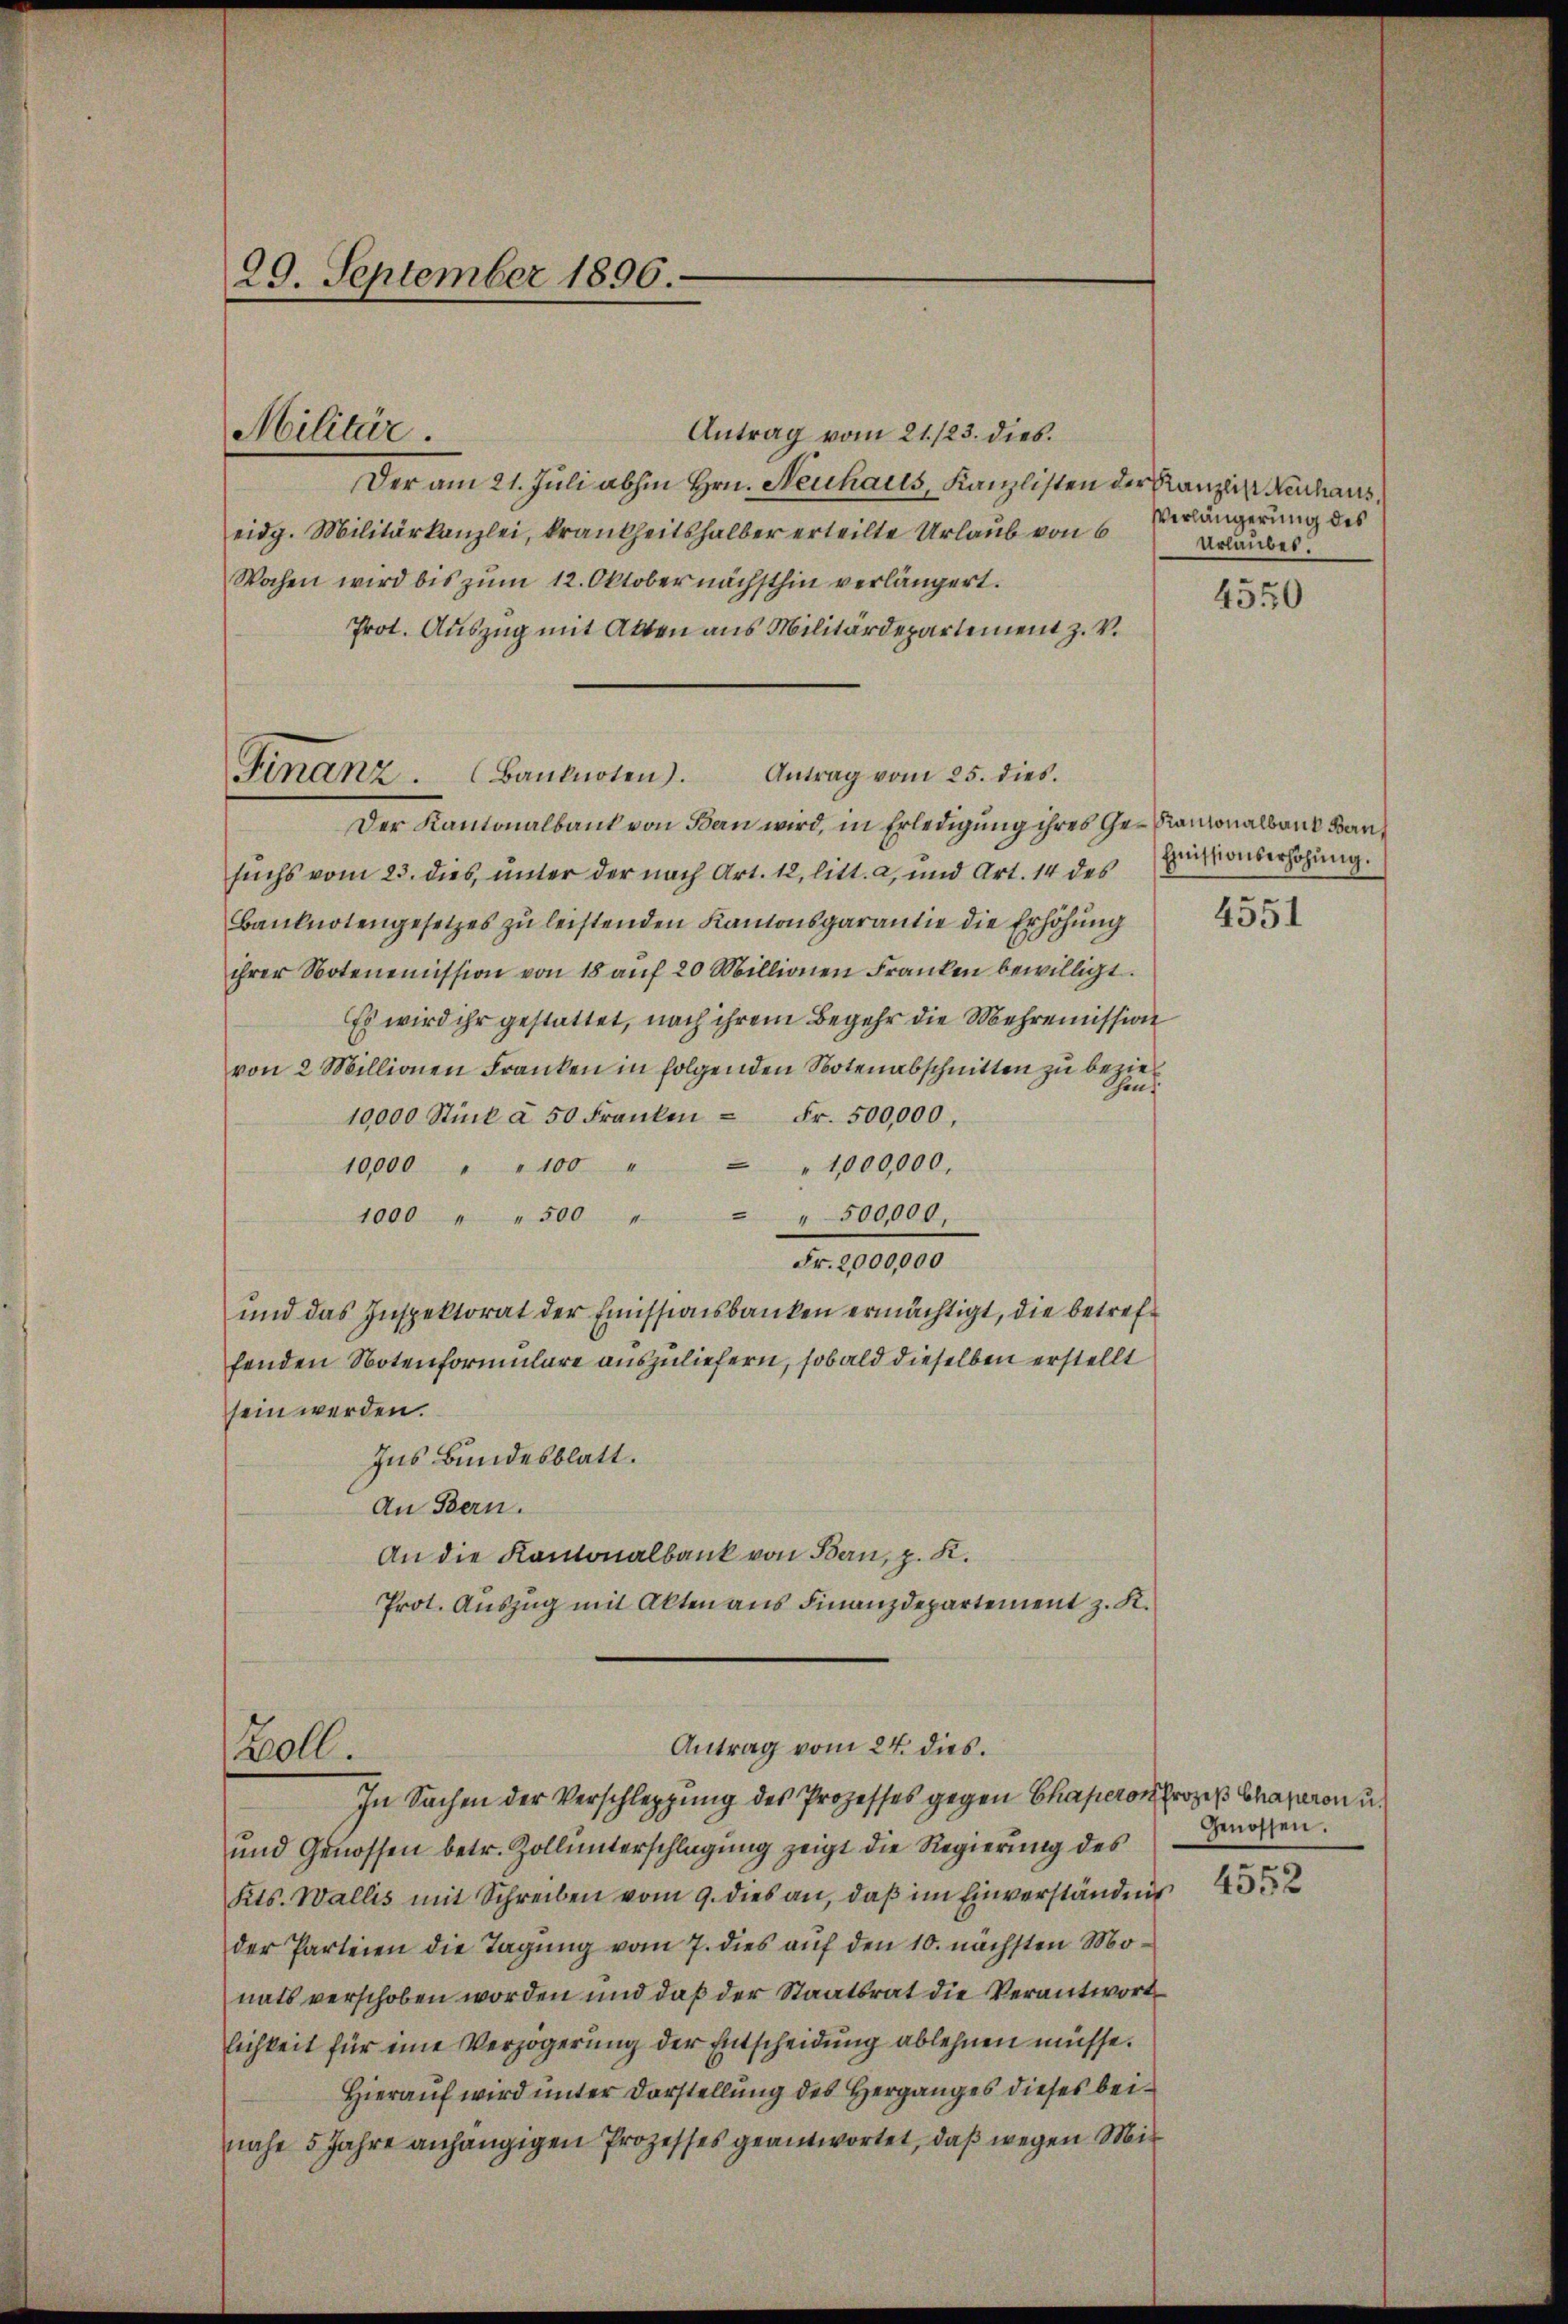
Antrag vom 21./23. dies
Der am 21. Juli abhin Hrn. Neuhails, Kanzlisten der Kanzlin Neuhaus,
eidg. Militärkanzlei, krankheitshalber erteilte Urlaub von 6
Wochen wird bis zum 12. Oktober nächsthin verlängert.
Prot. Auszug mit Akten aus Militärdepartement z. V.
Antrag vom 25. dies.
Finanz. Banknoten.
Der Kantonalbank von Bau wird, in Erledigung ihres Ge- Kantonalbank Bausuchs vom 23. dies, unter der nach Art. 12, litt. a, und Art. 14 des
Banknotengesetzes zu leistenden Kantonsgarantie die Erhöhung
ihrer Notenemission von 18 auf 20 Millionen Franken bewilligt.
Es wird ihr gestattet, nach ihrem Begehr die Mehrenission
von 2 Millionen Franken in folgenden Botenabschnitten zu beziel
Then
10000 Stück à 50 Franken - Fr. 500,000.
10,000 " " 100 " " " 1000,000.
1000 " " 500 " " " 500,000.
Fr. 2000,000
und das Inspektorat der Emissionsbanken ermächtigt, die betreffenden Notenformulare auszuliefern, sobald dieselben erstellt
sein werden.
Ins Bundesblatt.
An Bern.
An die Kantonalbank von Bern, z. K.
Prot. Auszug mit Akten aus Finanzdepartement z. K.
Antrag vom 24. dies.
Boll.
In Sachen der Verschleppung des Prozesses gegen Chaperon Prozeß Chaperon u
und Genossen betr. Zoll unterschlagung zeigt die Regierung des
Kts. Wallis mit Schreiben vom 9. dies an, daß im Einverständnis
der Parteien die Tagung vom 7. dies auf den 10. nächsten Monats verschoben worden und daß der Staatsrat die Verantwortlichkeit für eine Verzögerung der Entscheidung ablehnen müsse.
Hierauf wird unter Darstellung des Herganges dieses beinahe 5 Jahre anhängigen Prozesses geantwortet, daß wegen Mit

29. September 1896.

Militär.

Verlängerung des
Urlaubes.

4550

Emissionserhöhŭng.

4551

Genossen.

4552